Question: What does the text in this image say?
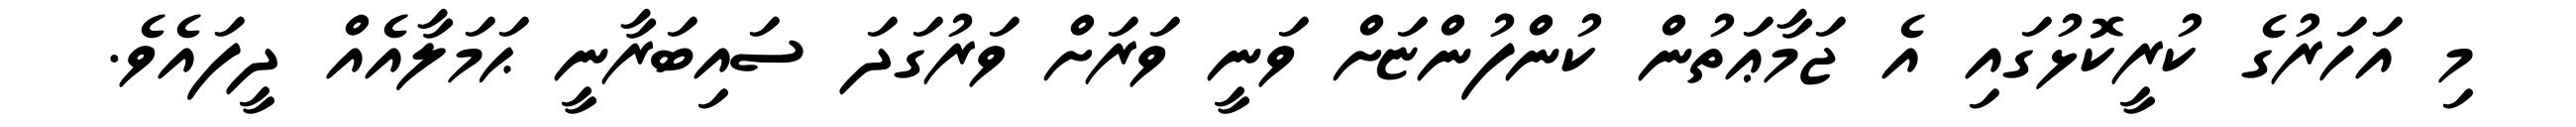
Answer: މި އަހަރުގެ ކުރީކޮޅުގައި އެ ޖަމާޢަތުން ކުންފުންޏަށް ވަނީ ވަރަށް ވަރުގަދަ ސައިބަރާނީ ޙަމަލާއެއް ދީފައެވެ.